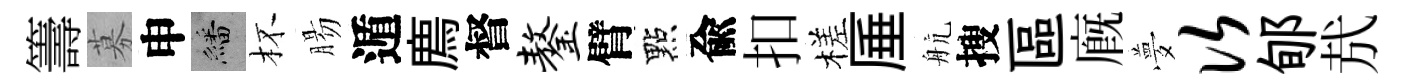
籌募申繙杯腸遁廌督鏊臂點兪扣槎厜航搜區廐夢次郇㢤